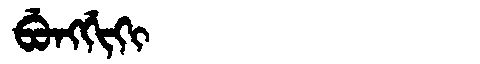
Manchu: ᠪᡠᠩᡤᡳᡴᡳ
Romanization: BUNGGIKI